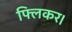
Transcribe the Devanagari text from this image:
फ्लिकर।